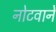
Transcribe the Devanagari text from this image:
नोटवाने